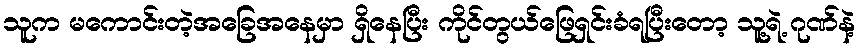
သူက မကောင်းတဲ့အခြေအနေမှာ ရှိနေပြီး ကိုင်တွယ်ဖြေရှင်းခံရပြီးတော့ သူ့ရဲ့ ဂုဏ်နဲ့